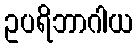
ဥပရိဘာဂါယ